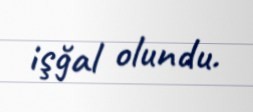
işğal olundu.